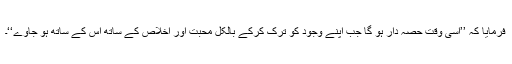
فرمایا کہ ’’اسی وقت حصہ دار ہو گا جب اپنے وجود کو ترک کرکے بالکل محبت اور اخلاص کے ساتھ اس کے ساتھ ہو جاوے‘‘۔